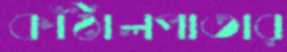
কাঁঠালপাতার